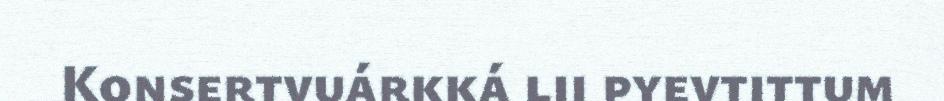
Konsertvuárkká lii pyevtittum